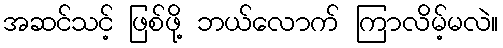
အဆင်သင့် ဖြစ်ဖို့ ဘယ်လောက် ကြာလိမ့်မလဲ။